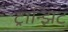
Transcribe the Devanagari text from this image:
ट्रान्झिट